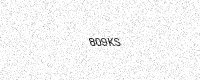
Text: 809KS